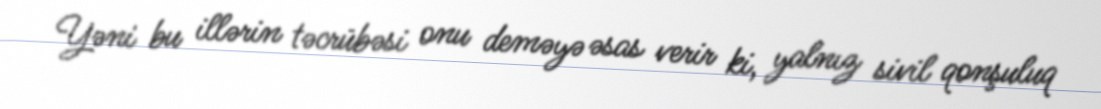
Yəni bu illərin təcrübəsi onu deməyə əsas verir ki, yalnız sivil qonşuluq